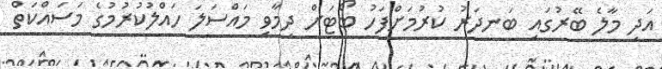
އަދި މާލެ ބޭރުގައި ބަނދަރު ކުރުމަށްފަހު ބޯޓަށް ދިމާވި މައްސަލަ ހައްލުކުރުމުގެ މަސައްކަތް